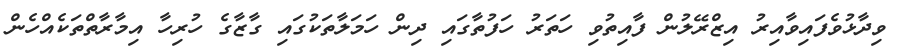
ވިދާޅުވެފައިވާއިރު އިޒްރޭލުން ފާއިތުވި ހަތަރު ހަފުތާގައި ދިން ހަމަލާތަކުގައި ގާޒާގެ ހުރިހާ އިމާރާތްތަކެއްހެން